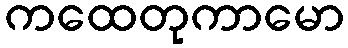
ကထေတုကာမော